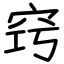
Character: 窍